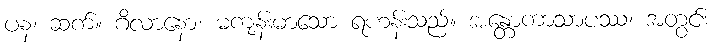
ပန၊ ဆက်။ ဂိလာနော၊ မကျန်းမာသော ရဟန်းသည်။ အန္တောကာသာပဿ၊ အတွင်း